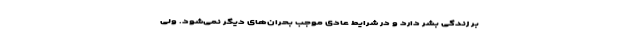
بر زندگی بشر دارد و در شرایط عادی موجب بحران‌های دیگر نمی‌شود. ولی